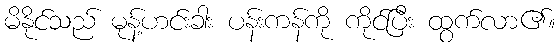
မိနိုင်သည် မုန့်ဟင်းခါး ပန်းကန်ကို ကိုင်ပြီး ထွက်လာ၏။